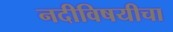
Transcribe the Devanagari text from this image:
नदीविषयीचा